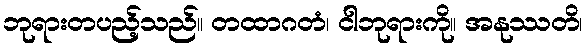
ဘုရားတပည့်သည်။ တထာဂတံ၊ ငါဘုရားကို။ အနုဿတိ၊